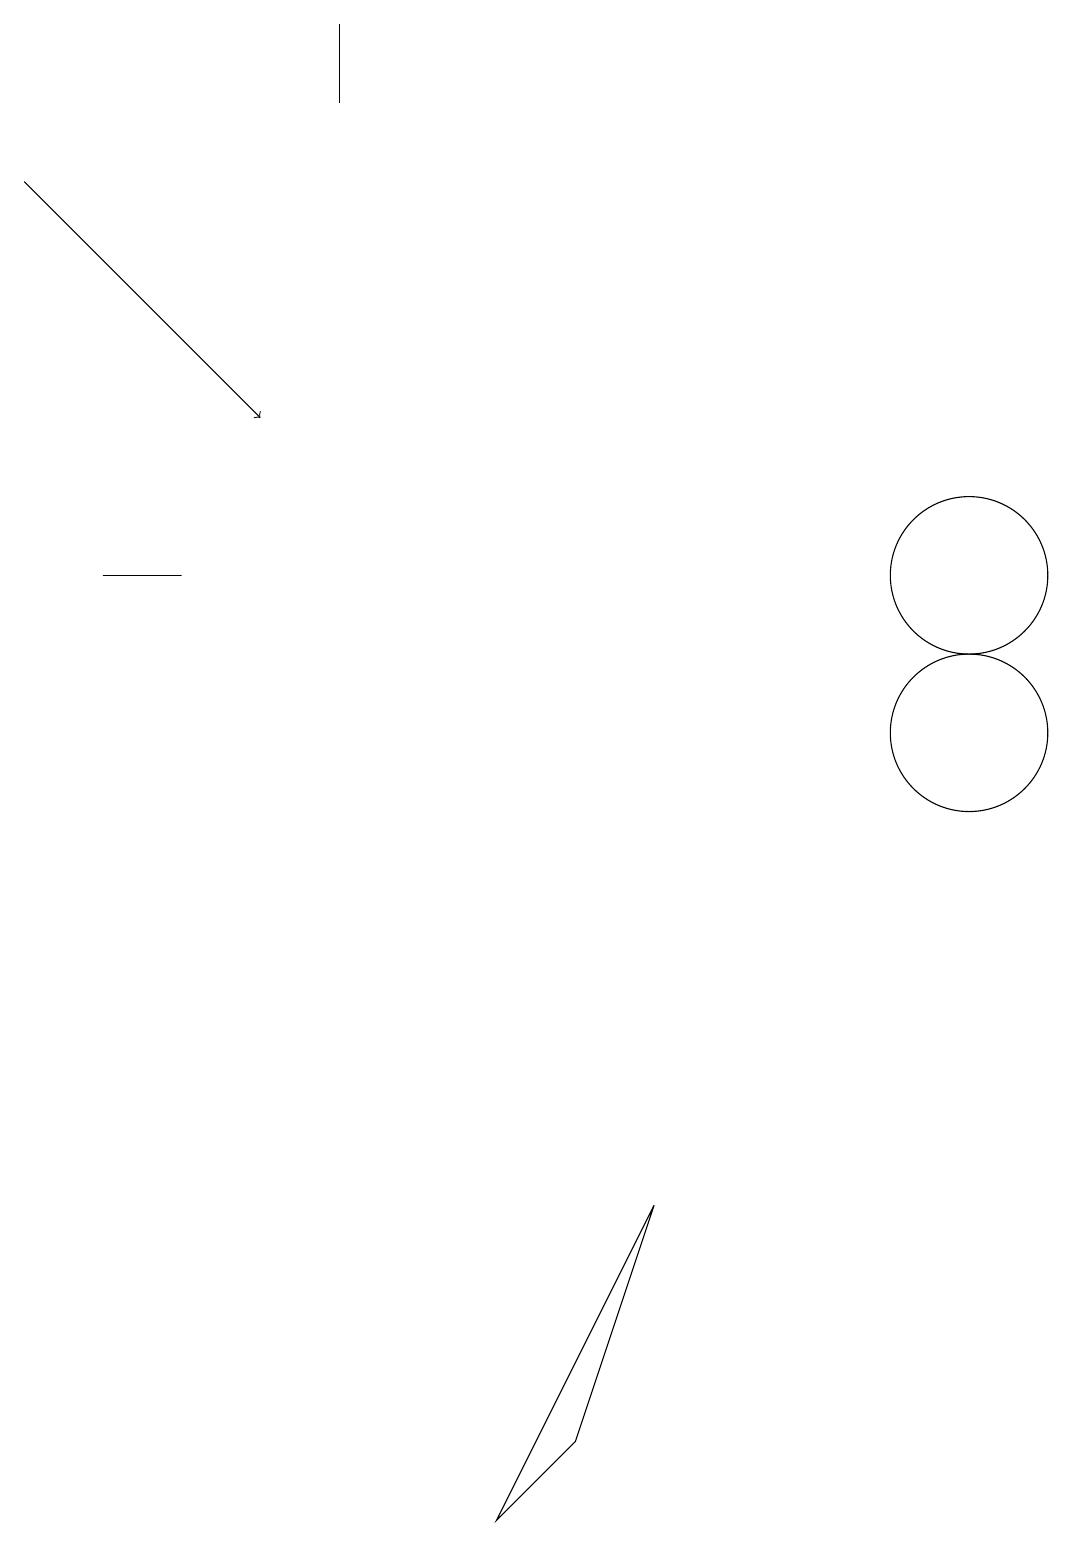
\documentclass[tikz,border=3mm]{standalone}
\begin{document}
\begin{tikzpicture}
\draw (12,12) circle (1);
\draw (8,4) -- (7,1) -- (6,0) -- cycle;
\draw (12,10) circle (1);
\draw (2,12) rectangle (1,12);
\draw[->] (0,17) -- (3,14);
\draw (4,18) rectangle (4,19);
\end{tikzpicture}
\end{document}